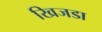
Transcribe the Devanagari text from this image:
खिजडा